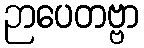
ဉာပေတဗ္ဗာ